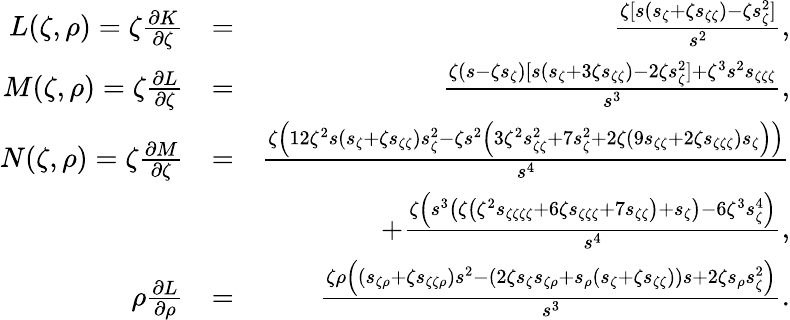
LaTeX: \begin{array}{rlr}{L(\zeta,\rho)=\zeta\frac{\partial K}{\partial\zeta}}&{=}&{\frac{\zeta[s(s_{\zeta}+\zeta s_{\zeta\zeta})-\zeta s_{\zeta}^{2}]}{s^{2}},}\\ {M(\zeta,\rho)=\zeta\frac{\partial L}{\partial\zeta}}&{=}&{\frac{\zeta(s-\zeta s_{\zeta})[s(s_{\zeta}+3\zeta s_{\zeta\zeta})-2\zeta s_{\zeta}^{2}]+\zeta^{3}s^{2}s_{\zeta\zeta\zeta}}{s^{3}},}\\ {N(\zeta,\rho)=\zeta\frac{\partial M}{\partial\zeta}}&{=}&{\frac{\zeta\left(12\zeta^{2}s\left(s_{\zeta}+\zeta s_{\zeta\zeta}\right)s_{\zeta}^{2}-\zeta s^{2}\left(3\zeta^{2}s_{\zeta\zeta}^{2}+7s_{\zeta}^{2}+2\zeta\left(9s_{\zeta\zeta}+2\zeta s_{\zeta\zeta\zeta}\right)s_{\zeta}\right)\right)}{s^{4}}}\\ &{}&{+\frac{\zeta\left(s^{3}\left(\zeta\left(\zeta^{2}s_{\zeta\zeta\zeta\zeta}+6\zeta s_{\zeta\zeta\zeta}+7s_{\zeta\zeta}\right)+s_{\zeta}\right)-6\zeta^{3}s_{\zeta}^{4}\right)}{s^{4}},}\\ {\rho\frac{\partial L}{\partial\rho}}&{=}&{\frac{\zeta\rho\left(\left(s_{\zeta\rho}+\zeta s_{\zeta\zeta\rho}\right)s^{2}-\left(2\zeta s_{\zeta}s_{\zeta\rho}+s_{\rho}\left(s_{\zeta}+\zeta s_{\zeta\zeta}\right)\right)s+2\zeta s_{\rho}s_{\zeta}^{2}\right)}{s^{3}}.}\end{array}